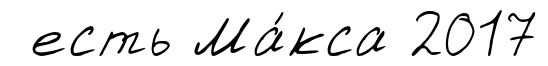
есть Ма́кса 2017